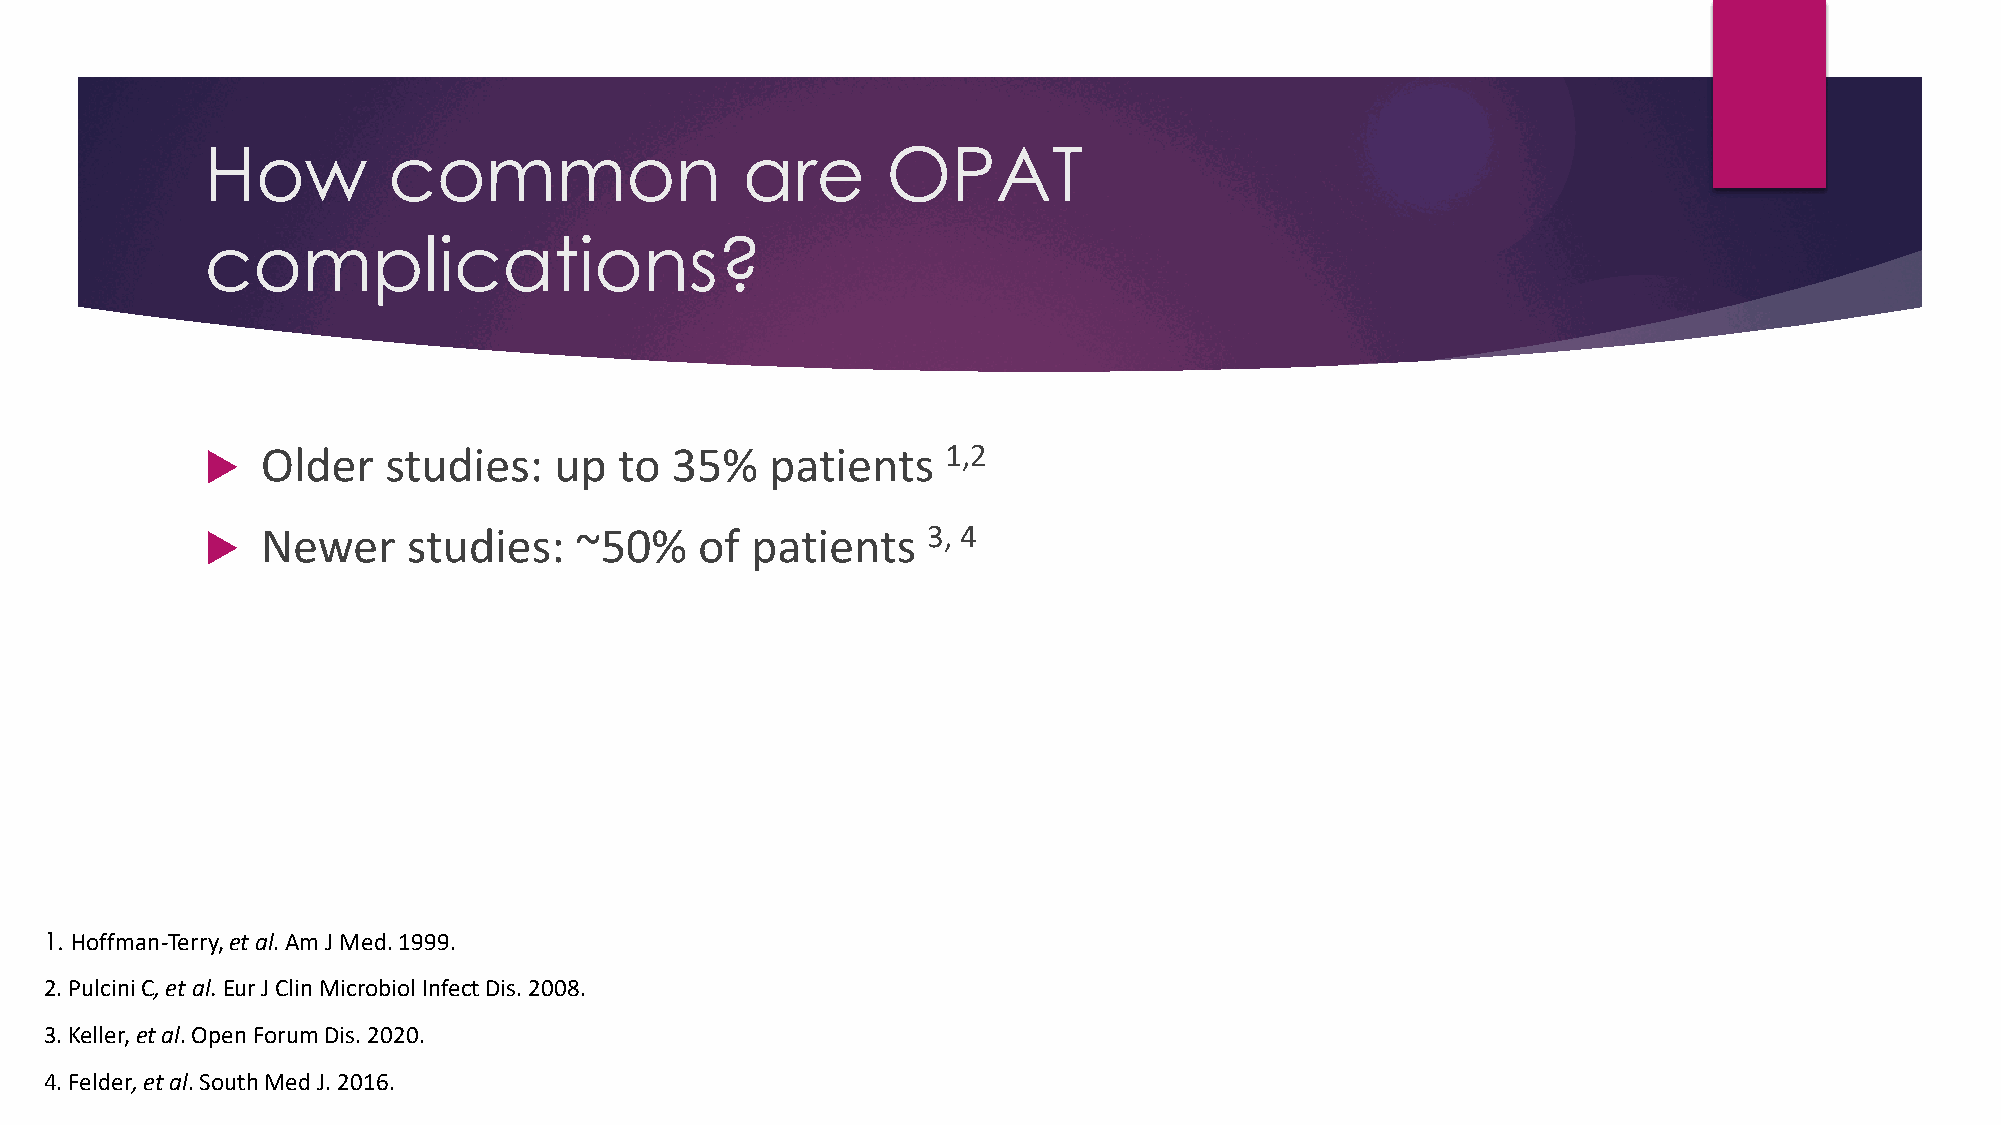
How         common                 are       OPAT
 complications?
   Older    studies:   up  to 35%    patients    1,2
   Newer     studies:   ~50%    of  patients   3, 4
 1. Hoffman-Terry,et al. Am J Med. 1999.
 2. PulciniC, et al. Eur J Clin Microbiol Infect Dis. 2008.
 3. Keller, et al. Open Forum Dis. 2020.
 4. Felder, et al. South Med J. 2016.